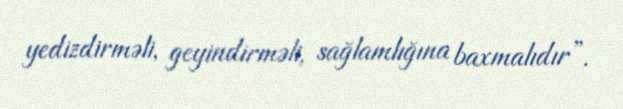
yedizdirməli, geyindirməli, sağlamlığına baxmalıdır”.